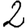
Digit: 2